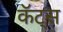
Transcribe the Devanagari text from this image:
कॅट्स